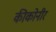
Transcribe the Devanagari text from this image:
कीकोनीर